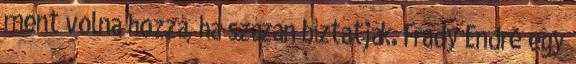
ment volna hozzá, ha százan bíztatják. Frady Endre egy